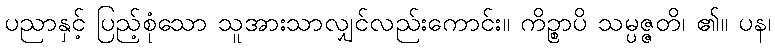
ပညာနှင့် ပြည့်စုံသော သူအားသာလျှင်လည်းကောင်း။ ကိဉ္စာပိ သမ္ပဇ္ဇတိ၊ ၏။ ပန၊